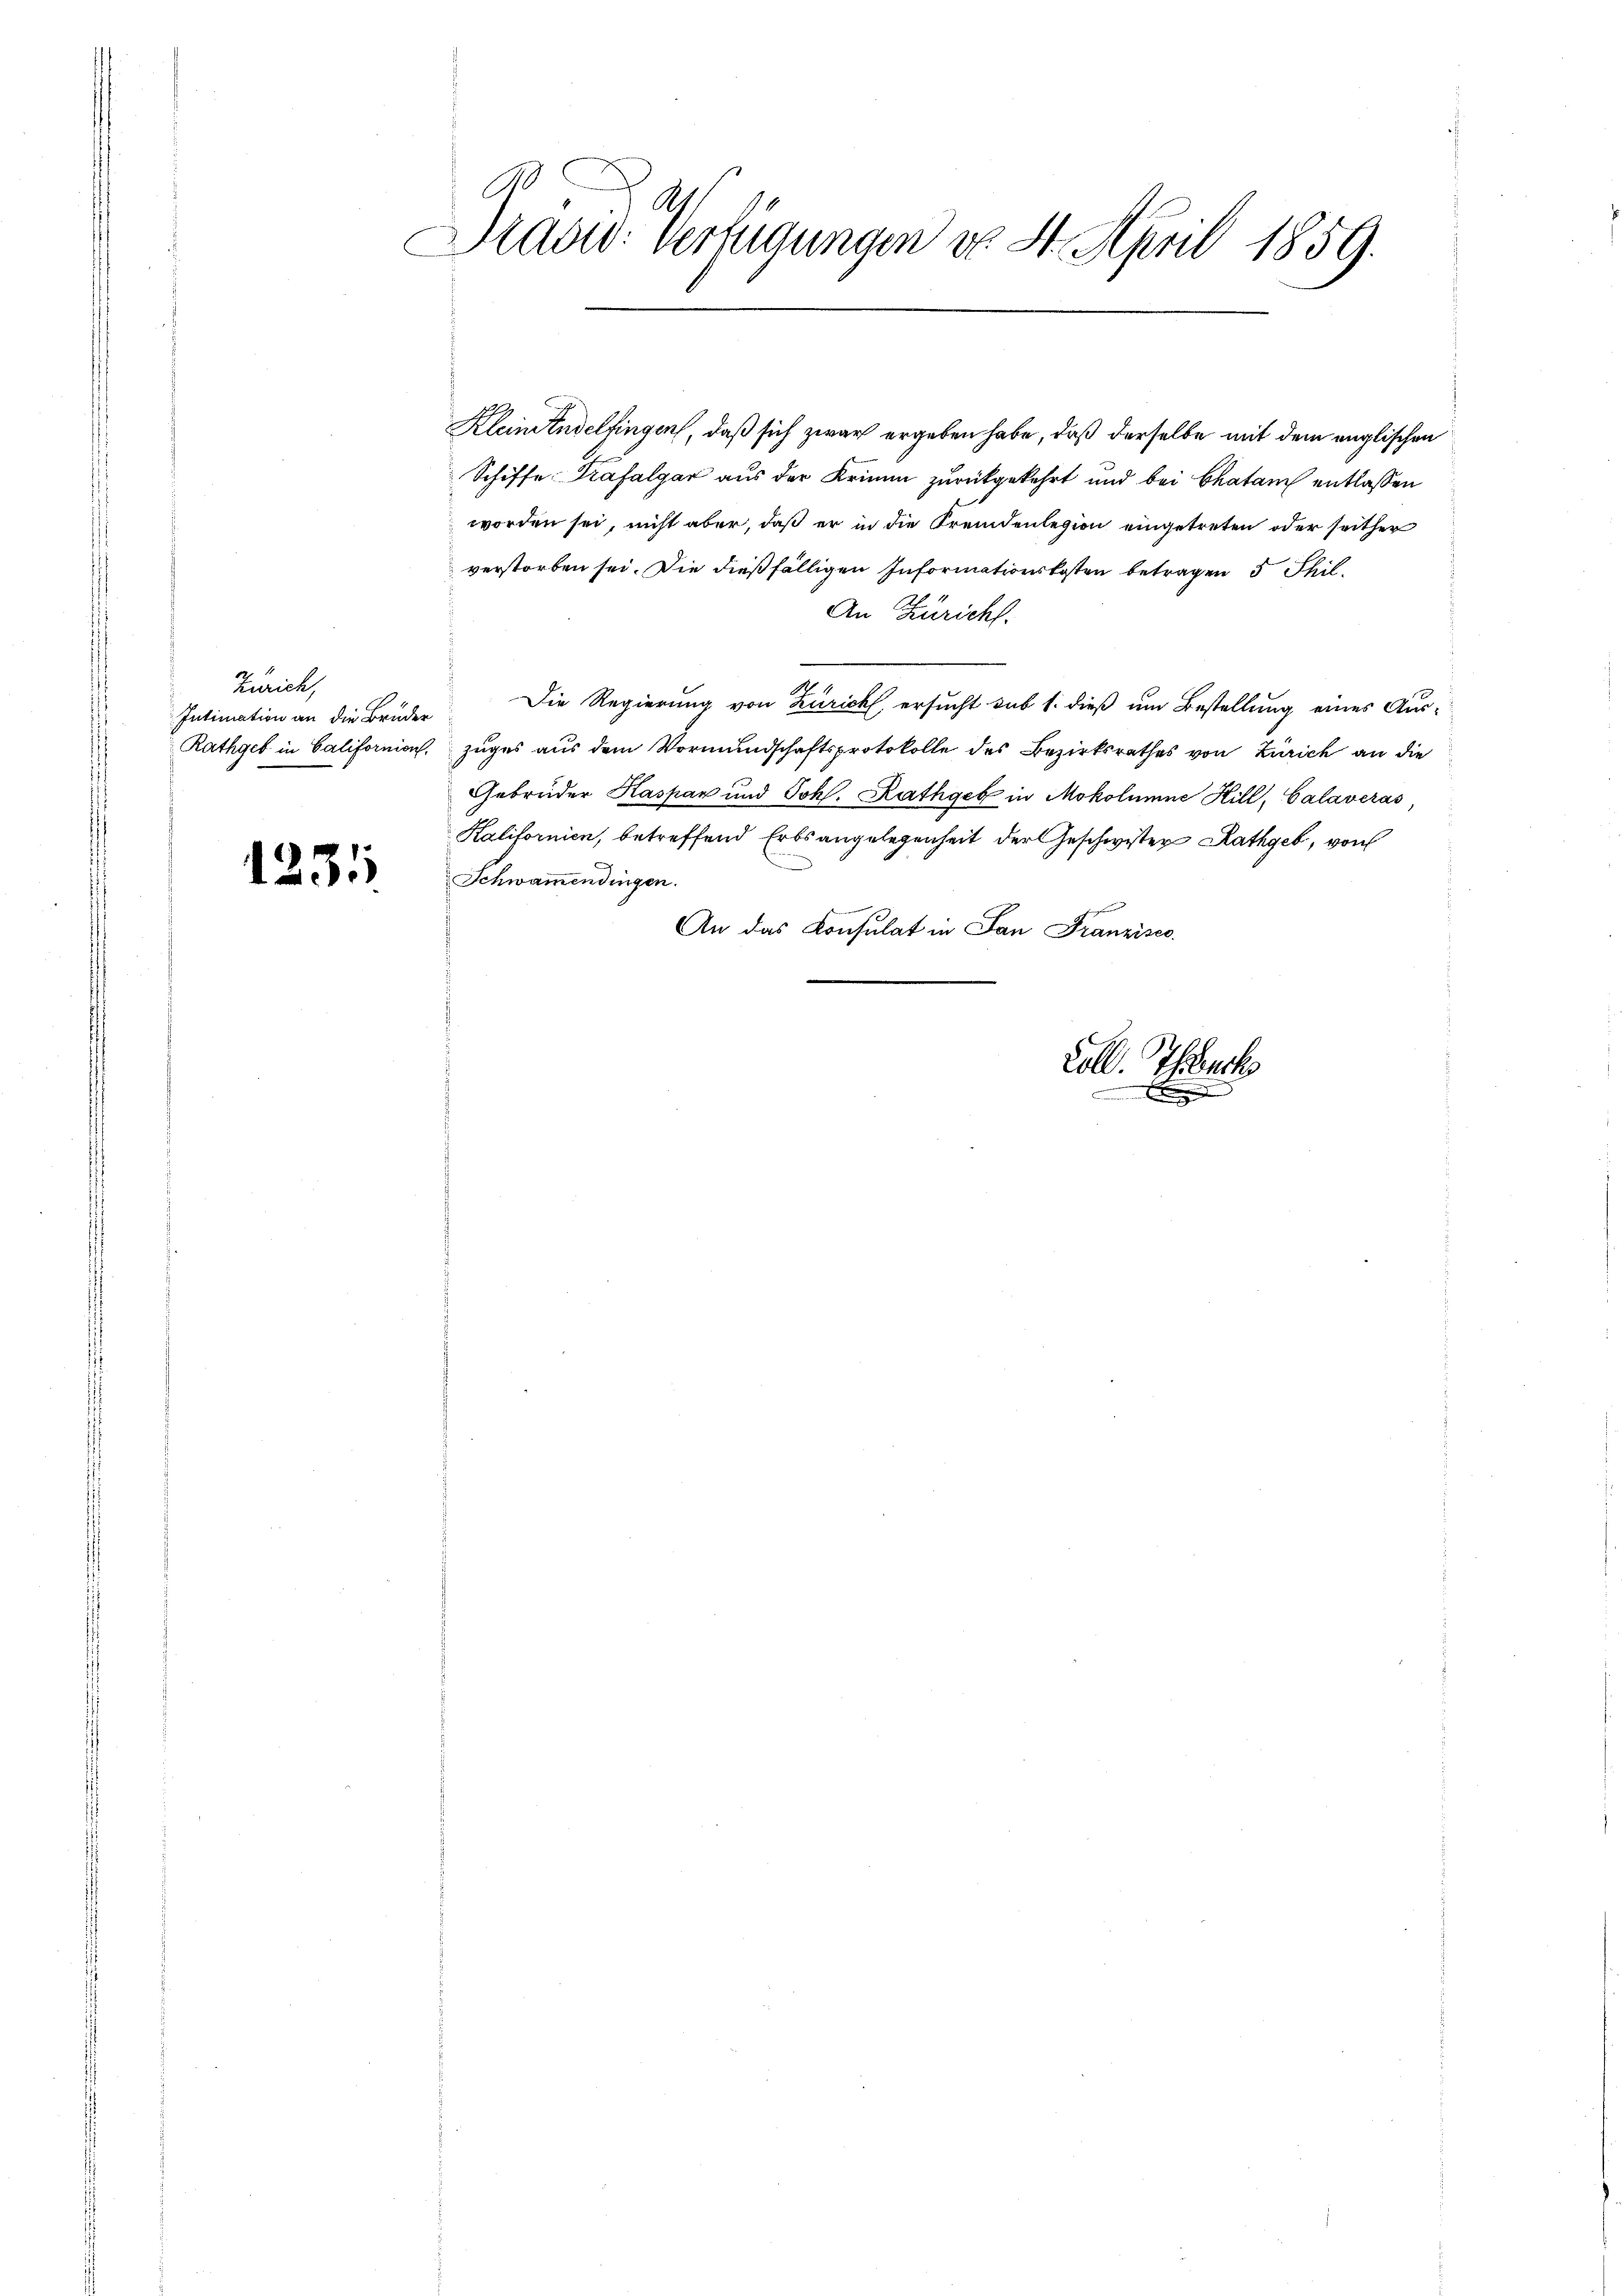
Runck
Intimation an die Brüder

1231

E
A.
Präsid. Verfügungen do 31. April 1859.

Kleinendelfingen, daß sich zwar ergeben habe, daß derselbe mit dem englischen
Schiffe Trafalgar aus der Krimin zurückgekehrt und bei Chatam entlassen
worden sei, nicht aber, daß er in die Fremdenlegion eingetreten oder seither
verstorben sei. Die dießfälligen Informationskosten betragen 5 Thil
An Züricht.
Die Regierung von Zürich, ersucht sub 1. dieß um Bestellung eines Aus¬
Rathgeb in Californien, zuges aus dem Vormundschaftsprotokolle des Bezirksrathes von Zürich an die
Gebrüder Kaspar und Johs. Rathgeb in Mokolumne Hill, Calaveras
Kalifornien, betreffend Erbsangelegenheit der Geschwister Rathgeb, von
Schwammendingen.
An das Consulat in San Franzisco
Coll. Teuch

ement
x
a